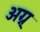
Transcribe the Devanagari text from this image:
अग्न्